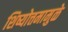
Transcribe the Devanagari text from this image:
शिष्योत्तमामुळे